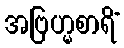
အဗြဟ္မစာရိံ